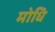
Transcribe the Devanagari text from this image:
मोधि